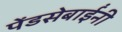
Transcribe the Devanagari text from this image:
पेंडसेबाईंनी